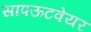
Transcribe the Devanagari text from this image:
सापऊटवेयर